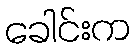
ခေါင်းက